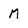
Character: M